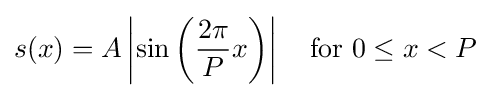
s(x)=A\left|\sin \left({\frac {2\pi }{P}}x\right)\right|\quad {\text{for }}0\leq x<P